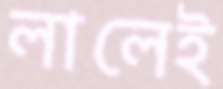
লালেই